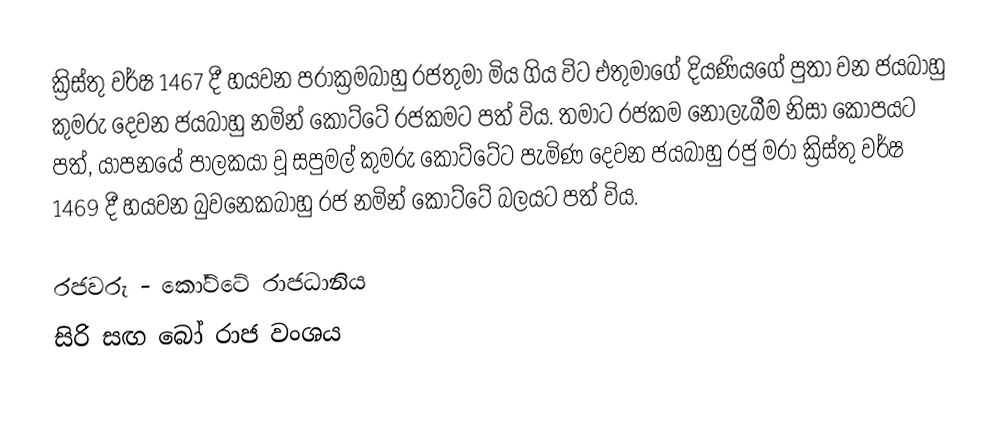
ක්‍රිස්තු වර්ෂ 1467 දී හයවන පරාක්‍රමබාහු රජතුමා මිය ගිය විට එතුමාගේ දියණියගේ පුතා වන ජයබාහු කුමරු දෙවන ජයබාහු නමින් කෝට්ටේ රජකමට පත් විය. තමාට රජකම නොලැබීම නිසා කෝපයට පත්, යාපනයේ පාලකයා වූ සපුමල් කුමරු කෝට්ටේට පැමිණ දෙවන ජයබාහු රජු මරා ක්‍රිස්තු වර්ෂ 1469 දී හයවන බුවනෙකබාහු රජ නමින් කෝට්ටේ බලයට පත් විය.

රජවරු - කෝට්ටේ රාජධානිය
සිරි සඟ බෝ රාජ වංශය